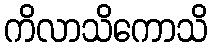
ကိလာသိကောသိ